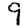
Digit: 9